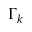
\Gamma _ { k }